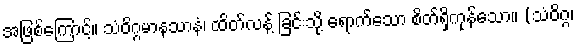
အဖြစ်ကြောင့်။ သံဝိဂ္ဂမာနသာနံ၊ ထိတ်လန့် ခြင်းသို့ ရောက်သော စိတ်ရှိကုန်သော။ (သံဝိဂ္ဂ၊